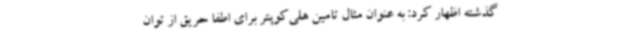
گذشته اظهار کرد: به عنوان مثال تامین هلی‌کوپتر برای اطفا حریق از توان